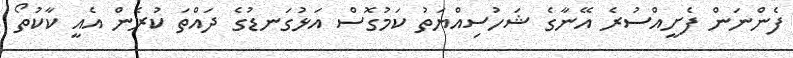
ފެންނަން ފެށީއްސުރެ އޭނާގެ ޝަހުސިއްޔަތު ކަމުގޮސް އަޅުގަނޑުގެ ދައްތަ ކުރެން އެއީ ކާކުތޯ